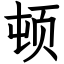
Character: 顿